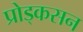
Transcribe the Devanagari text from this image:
प्रोड्कसन